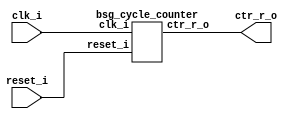
// This program was cloned from: https://github.com/chipsalliance/UHDM-integration-tests
// License: Apache License 2.0



module top
(
  clk_i,
  reset_i,
  ctr_r_o
);

  output [15:0] ctr_r_o;
  input clk_i;
  input reset_i;

  bsg_cycle_counter
  wrapper
  (
    .ctr_r_o(ctr_r_o),
    .clk_i(clk_i),
    .reset_i(reset_i)
  );


endmodule



module bsg_cycle_counter
(
  clk_i,
  reset_i,
  ctr_r_o
);

  output [15:0] ctr_r_o;
  input clk_i;
  input reset_i;
  wire [15:0] ctr_r_o;
  wire N0,N1,N2,N3,N4,N5,N6,N7,N8,N9,N10,N11,N12,N13,N14,N15,N16;
  reg ctr_r_o_15_sv2v_reg,ctr_r_o_14_sv2v_reg,ctr_r_o_13_sv2v_reg,ctr_r_o_12_sv2v_reg,
  ctr_r_o_11_sv2v_reg,ctr_r_o_10_sv2v_reg,ctr_r_o_9_sv2v_reg,ctr_r_o_8_sv2v_reg,
  ctr_r_o_7_sv2v_reg,ctr_r_o_6_sv2v_reg,ctr_r_o_5_sv2v_reg,ctr_r_o_4_sv2v_reg,
  ctr_r_o_3_sv2v_reg,ctr_r_o_2_sv2v_reg,ctr_r_o_1_sv2v_reg,ctr_r_o_0_sv2v_reg;
  assign ctr_r_o[15] = ctr_r_o_15_sv2v_reg;
  assign ctr_r_o[14] = ctr_r_o_14_sv2v_reg;
  assign ctr_r_o[13] = ctr_r_o_13_sv2v_reg;
  assign ctr_r_o[12] = ctr_r_o_12_sv2v_reg;
  assign ctr_r_o[11] = ctr_r_o_11_sv2v_reg;
  assign ctr_r_o[10] = ctr_r_o_10_sv2v_reg;
  assign ctr_r_o[9] = ctr_r_o_9_sv2v_reg;
  assign ctr_r_o[8] = ctr_r_o_8_sv2v_reg;
  assign ctr_r_o[7] = ctr_r_o_7_sv2v_reg;
  assign ctr_r_o[6] = ctr_r_o_6_sv2v_reg;
  assign ctr_r_o[5] = ctr_r_o_5_sv2v_reg;
  assign ctr_r_o[4] = ctr_r_o_4_sv2v_reg;
  assign ctr_r_o[3] = ctr_r_o_3_sv2v_reg;
  assign ctr_r_o[2] = ctr_r_o_2_sv2v_reg;
  assign ctr_r_o[1] = ctr_r_o_1_sv2v_reg;
  assign ctr_r_o[0] = ctr_r_o_0_sv2v_reg;
  assign { N16, N15, N14, N13, N12, N11, N10, N9, N8, N7, N6, N5, N4, N3, N2, N1 } = ctr_r_o + 1'b1;
  assign N0 = ~reset_i;

  always @(posedge clk_i) begin
    if(reset_i) begin
      ctr_r_o_15_sv2v_reg <= 1'b0;
      ctr_r_o_14_sv2v_reg <= 1'b0;
      ctr_r_o_13_sv2v_reg <= 1'b0;
      ctr_r_o_12_sv2v_reg <= 1'b0;
      ctr_r_o_11_sv2v_reg <= 1'b0;
      ctr_r_o_10_sv2v_reg <= 1'b0;
      ctr_r_o_9_sv2v_reg <= 1'b0;
      ctr_r_o_8_sv2v_reg <= 1'b0;
      ctr_r_o_7_sv2v_reg <= 1'b0;
      ctr_r_o_6_sv2v_reg <= 1'b0;
      ctr_r_o_5_sv2v_reg <= 1'b0;
      ctr_r_o_4_sv2v_reg <= 1'b0;
      ctr_r_o_3_sv2v_reg <= 1'b0;
      ctr_r_o_2_sv2v_reg <= 1'b0;
      ctr_r_o_1_sv2v_reg <= 1'b0;
      ctr_r_o_0_sv2v_reg <= 1'b0;
    end else if(1'b1) begin
      ctr_r_o_15_sv2v_reg <= N16;
      ctr_r_o_14_sv2v_reg <= N15;
      ctr_r_o_13_sv2v_reg <= N14;
      ctr_r_o_12_sv2v_reg <= N13;
      ctr_r_o_11_sv2v_reg <= N12;
      ctr_r_o_10_sv2v_reg <= N11;
      ctr_r_o_9_sv2v_reg <= N10;
      ctr_r_o_8_sv2v_reg <= N9;
      ctr_r_o_7_sv2v_reg <= N8;
      ctr_r_o_6_sv2v_reg <= N7;
      ctr_r_o_5_sv2v_reg <= N6;
      ctr_r_o_4_sv2v_reg <= N5;
      ctr_r_o_3_sv2v_reg <= N4;
      ctr_r_o_2_sv2v_reg <= N3;
      ctr_r_o_1_sv2v_reg <= N2;
      ctr_r_o_0_sv2v_reg <= N1;
    end 
  end


endmodule